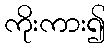
ကိုးကား၍